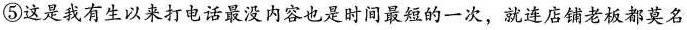
⑤这是我有生以来打电话最没内容也是时间最短的一次，就连店铺老板都莫名